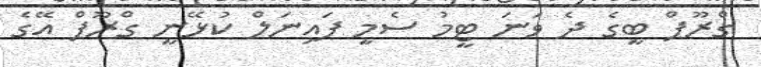
ގްރޫޕް ބީގެ ދެ ވަނަ ޓީމު ސެމީ ފައިނަލް ކުޅޭނީ ގްރޫޕް އޭގެ